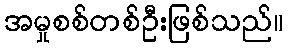
အမှုစစ်တစ်ဦးဖြစ်သည်။